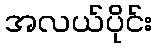
အလယ်ပိုင်း